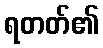
ရတတ်၏